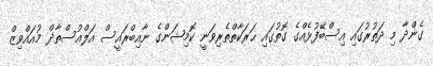
ގެންދާ މި ދަތުރުގައި އިސްބޭފުޅެއްގެ ގޮތުގައި ޙަރަކާތްތެރިވަނީ ކޮމިޝަންގެ ނާއިބްރައީސް އަލްއުސްތާޛް މުއައްވިޒް